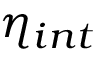
\eta _ { i n t }